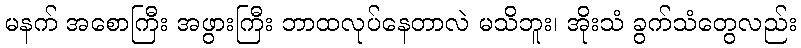
မနက် အစောကြီး အဖွားကြီး ဘာထလုပ်နေတာလဲ မသိဘူး၊ အိုးသံ ခွက်သံတွေလည်း